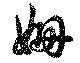
姍